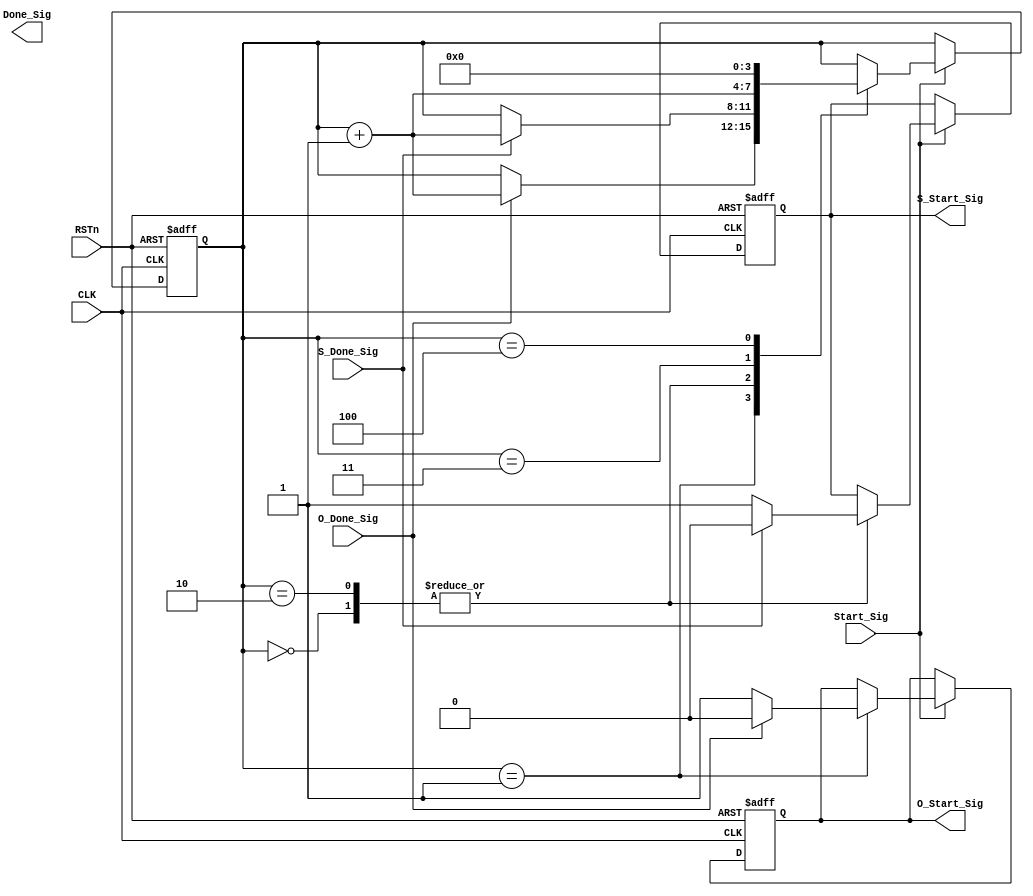
///////////////////////////////////////////////
//// SOS_CTL_MODULE.v
//// 			ZHAOCHAO
////				2016-11-14
///////////////////////////////////////////////////////////
////

module SOS_CTL_MODULE
(
	CLK, RSTn,
	Start_Sig,
	S_Done_Sig, O_Done_Sig,
	S_Start_Sig, O_Start_Sig,
	Done_Sig
);

	input CLK;
	input RSTn;
	input Start_Sig;
	output S_Start_Sig;
	output O_Start_Sig;
	input S_Done_Sig;
	input O_Done_Sig;
	output Done_Sig;
	
	
	/////////////////
	reg [3:0]state_index;
	reg isO;
	reg isS;
	reg isDone;
	
	
	always@(posedge CLK or negedge RSTn)
		if (!RSTn)
			begin
				state_index <= 4'd0;
				isO <= 1'b0;
				isS <= 1'b0;
				isDone <= 1'b0;
			end
		else if (Start_Sig)
			case (state_index)
				4'd0:
					if (S_Done_Sig)
						begin	
							isS <= 1'b0;
							state_index <= state_index + 1'b1;
						end
					else
						begin
							isS <= 1'b1;
						end
					
				4'd1:
					if (O_Done_Sig)
						begin
							isO <= 1'b0;
							state_index <= state_index + 1'b1;
						end
					else	
						isO <= 1'b1;
						
				4'd2:
					if (S_Done_Sig)
						begin	
							isS <= 1'b0;
							state_index <= state_index + 1'b1;
						end
					else
						isS <= 1'b1;
						
				4'd3:
					begin	
						isDone <= 1'b1;
						state_index <= state_index + 1'b1;
					end
				
				4'd4:
					begin
						isDone <= 1'b0;
						state_index <= 4'd0;
					end
			endcase
			
	////////////////////////
	
	assign S_Start_Sig = isS;
	assign O_Start_Sig = isO;
	
	
endmodule